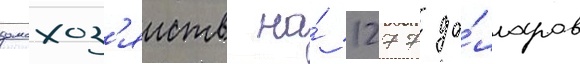
домохоз'яиств на́ 1277 до́лларов